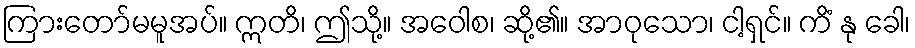
ကြားတော်မမူအပ်။ ဣတိ၊ ဤသို့။ အဝေါစ၊ ဆို့၏။ အာဝုသော၊ ငါ့ရှင်။ ကိံ နု ခေါ၊